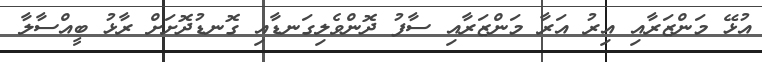
އުޅޭ މަންޒަރާއި އިރު އަރާ މަންޒަރާއި ސާފު ދޮންވެލިގަނޑާއި ގޮނޑުދޮށަށް ރާޅު ބީއްސާލާ